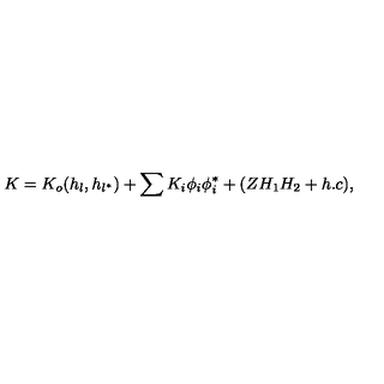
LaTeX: K = K _ { o } ( h _ { l } , h _ { l ^ { * } } ) + \sum K _ { i } \phi _ { i } \phi _ { i } ^ { * } + ( Z H _ { 1 } H _ { 2 } + h . c ) ,